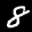
Label: 8